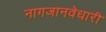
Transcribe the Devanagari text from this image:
नागजानवेधारी